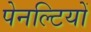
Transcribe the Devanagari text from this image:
पेनल्टियों